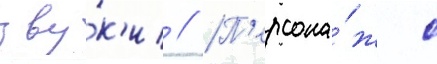
зву́к'и // П'ерсона́ж с